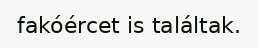
fakóércet is találtak.